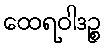
ထေရဝါဒဉ္စ